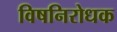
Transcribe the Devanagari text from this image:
विषनिरोधक